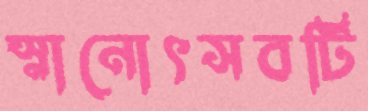
স্নানোৎসবটি